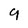
Character: 9